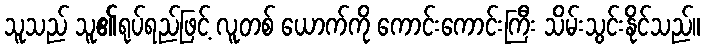
သူသည် သူ၏ရုပ်ရည်ဖြင့် လူတစ် ယောက်ကို ကောင်းကောင်းကြီး သိမ်းသွင်းနိုင်သည်။